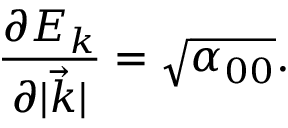
\frac { \partial E _ { k } } { \partial | \vec { k } | } = \sqrt { \alpha _ { 0 0 } } .